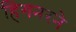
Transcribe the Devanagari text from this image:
हिगनरने